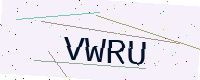
Text: VWRU